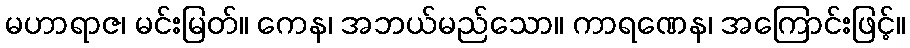
မဟာရာဇ၊ မင်းမြတ်။ ကေန၊ အဘယ်မည်သော။ ကာရဏေန၊ အကြောင်းဖြင့်။